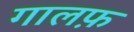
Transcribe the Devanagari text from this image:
गालफ़